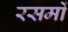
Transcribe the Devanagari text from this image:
रसमों